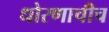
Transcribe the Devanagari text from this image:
धोरणाचीच